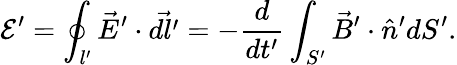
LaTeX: \mathcal E^{\prime}=\oint_{l^{\prime}}\vec{E}^{\prime}\cdot\vec{dl^{\prime}}=-\frac{d}{dt^{\prime}}\int_{S^{\prime}}\vec{B}^{\prime}\cdot\hat{n}^{\prime}dS^{\prime}.